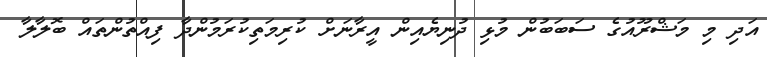
އަދި މި މަޝްރޫއުގެ ސަބަބުން މުޅި ދުނިޔެއިން އީރާނަށް ކުރިމަތިކުރަމުންދާ ފިއްތުންތައް ބޮލާލާ